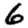
Digit: 6